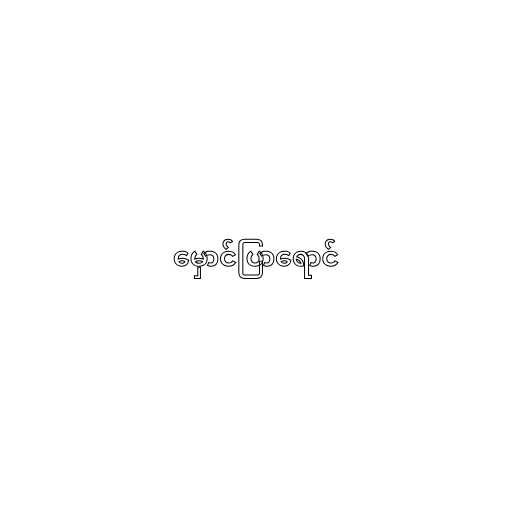
မှောင်ပြာရောင်